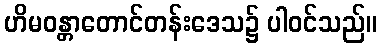
ဟိမဝန္တာတောင်တန်းဒေသ၌ ပါဝင်သည်။